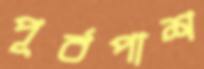
পূর্বপাশ